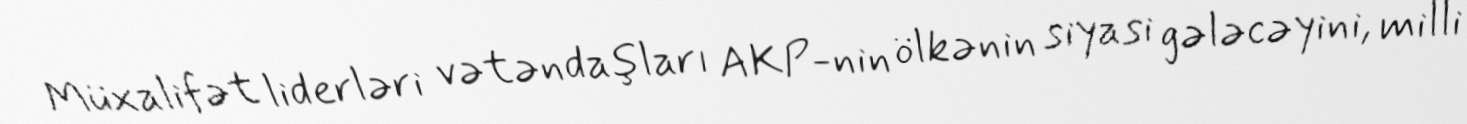
Müxalifət liderləri vətəndaşları AKP-nin ölkənin siyasi gələcəyini, milli